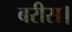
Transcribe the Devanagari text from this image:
बरीस।